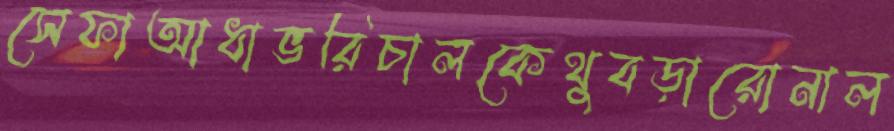
সেফাআধাভরিচালকেথুবড়ারোনাল